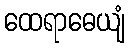
ထေရာဓေယျံ